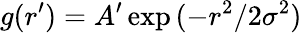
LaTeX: g(r^{\prime})=A^{\prime}\exp{(-r^{2}/2\sigma^{2})}